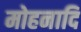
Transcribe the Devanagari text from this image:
मोहनादि